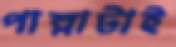
পাল্লাটাই